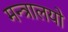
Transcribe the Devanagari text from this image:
मन्त्रालयो